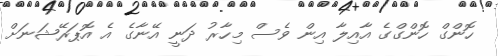
ހޮންގް ހޮންގްގެ އާއިލާ އިން ވެސް މިހާރު ދަނީ އޭނާގެ އެ އޮޕަރޭޝަނަށް